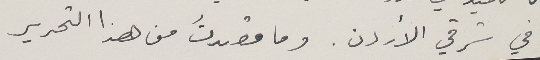
في شرقي الأردن. وما قصدتُ من هذا التحرير